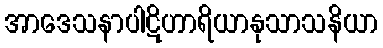
အာဒေသနာပါဋိဟာရိယာနုသာသနိယာ